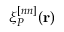
\xi _ { P } ^ { [ n n ] } ( \mathbf { r } )